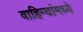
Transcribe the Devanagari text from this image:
वाहिन्यांमध्ये